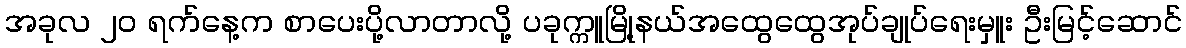
အခုလ ၂၀ ရက်နေ့က စာပေးပို့လာတာလို့ ပခုက္ကူမြို့နယ်အထွေထွေအုပ်ချုပ်ရေးမှူး ဦးမြင့်ဆောင်